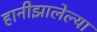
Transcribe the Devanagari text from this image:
हानीझालेल्या